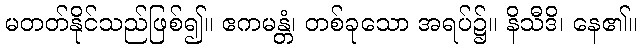
မတတ်နိုင်သည်ဖြစ်၍။ ဧကမန္တံ၊ တစ်ခုသော အရပ်၌။ နိသီဒိ၊ နေ၏။